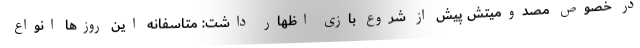
در خصوص مصدومیتش پیش از شروع بازی اظهار داشت: متاسفانه این روزها انواع